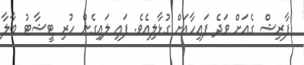
ފާރިޝް ގެއަށް ވަދެ ފައިހާއަށް ގުޅާލިއެވެ. ފައި ލައިގެން ހުރި ޓީޝާޓު ބާލާ